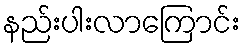
နည်းပါးလာကြောင်း